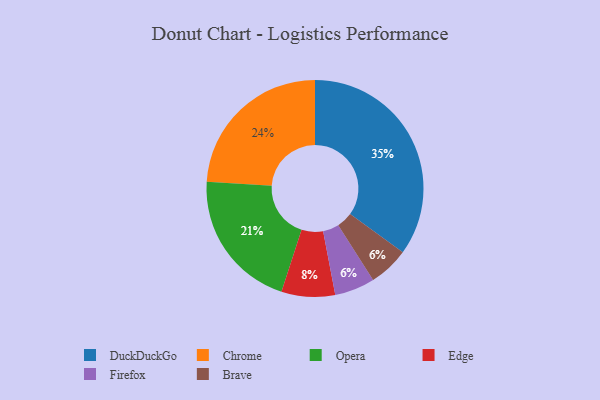
{"axis": {"x": "Category", "y": "Percentage"}, "legend": ["Brave", "Chrome", "DuckDuckGo", "Edge", "Firefox", "Opera"], "data": [{"x": "DuckDuckGo", "y": 35, "type": "DuckDuckGo"}, {"x": "Edge", "y": 8, "type": "Edge"}, {"x": "Chrome", "y": 24, "type": "Chrome"}, {"x": "Firefox", "y": 6, "type": "Firefox"}, {"x": "Opera", "y": 21, "type": "Opera"}, {"x": "Brave", "y": 6, "type": "Brave"}]}